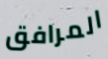
المرافق